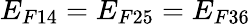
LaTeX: E_{F14}=E_{F25}=E_{F36}